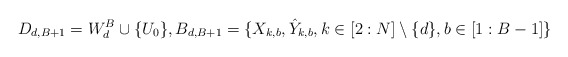
\begin{align*}D_{d,B+1}=W_{d}^{B}\cup \{U_0\}, B_{d,B+1}= \{ X_{k,b}, \hat{Y}_{k,b}, k\in [2:N]\setminus \{d\}, b\in [1:B-1] \} \end{align*}